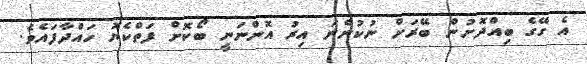
އެ ގޭގެ ބިއްދޮށުން ބޭރަށް ނުކުންނަ އިރު އޮންނަނީ ބޯކޮށް ފަތްކެޔޮ ހައްދާފައެވެ.